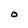
Character: O